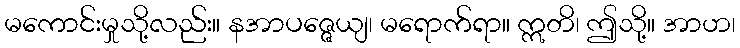
မကောင်းမှုသို့လည်း။ နအာပဇ္ဇေယျ၊ မရောက်ရာ။ ဣတိ၊ ဤသို့။ အာဟ၊